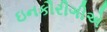
ઇનકૌરીગીએ